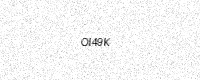
Text: OI49K